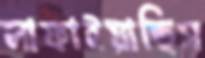
লাফাইয়াছিস